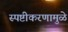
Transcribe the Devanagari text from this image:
स्पष्टीकरणामुळे